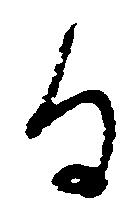
る